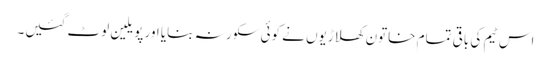
اس ٹیم کی باقی تمام خاتون کھلاڑیوں نے کوئی سکور نہ بنایا اور پویلین لوٹ گئیں۔